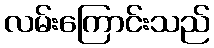
လမ်းကြောင်းသည်